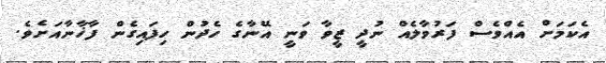
އެކަމަށް އެއްވެސް ފަރުވާލެއް ނުދީ ޒީވާ ވަނީ އޭނާގެ ހެދުން ހިފައިގެން ފާޚާނާއަށެވެ.